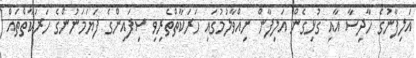
އަލިފާނުގެ ހާދިސާ އާއި ގުޅިގެން އަލިފާން ނިއްވާލުމުގައި ހަރަކާތްތެރިވި ސިފައިންގެ ފަޔަމަނުންގެ ހަރަކާތްތައް